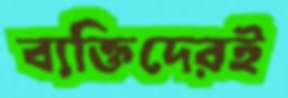
ব্যক্তিদেরই